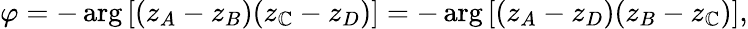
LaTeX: \varphi=-\arg\left[(z_{A}-z_{B})(z_{\mathbb{C}}-z_{D})\right]=-\arg\left[(z_{A}-z_{D})(z_{B}-z_{\mathbb{C}})\right],